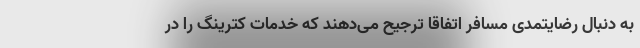
به دنبال رضایتمدی مسافر اتفاقا ترجیح می‌دهند که خدمات کترینگ را در